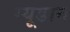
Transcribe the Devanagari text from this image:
म्यूडान